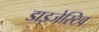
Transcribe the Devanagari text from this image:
डाइजेस्टिव